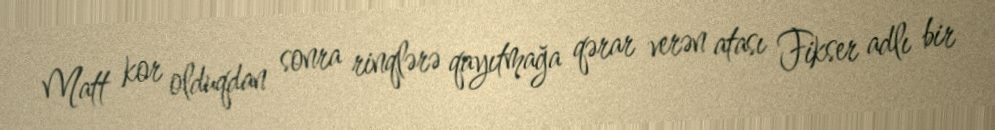
Matt kor olduqdan sonra rinqlərə qayıtmağa qərar verən atası Fikser adlı bir